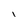
Character: l